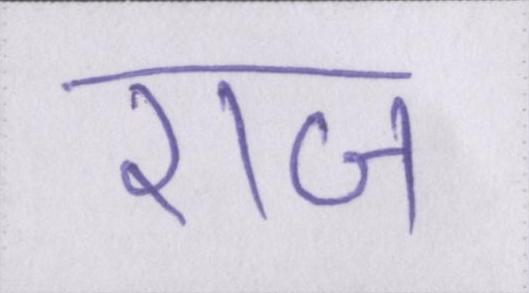
राज